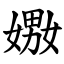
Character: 嫐